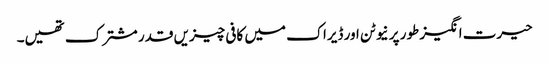
حیرت انگیز طور پر نیوٹن اور ڈیراک میں کافی چیزیں قدر مشترک تھیں۔